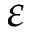
\varepsilon